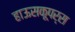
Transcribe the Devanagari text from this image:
हाऊसकूपर्स